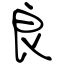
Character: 良